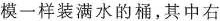
模一样装满水的桶，其中右